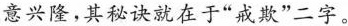
意兴隆，其秘诀就在于”戒欺”二字。